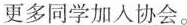
更多同学加入协会。